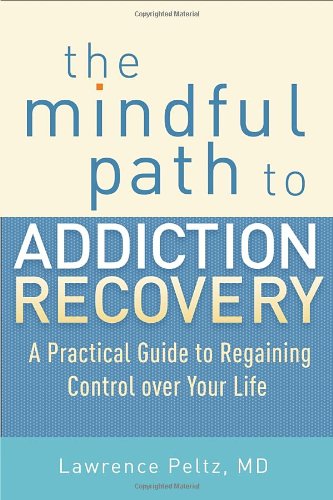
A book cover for The Mindful Path to Addiction Recovery: A Practical Guide to Regaining Control over Your Life; Lawrence Peltz; Health, Fitness & Dieting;